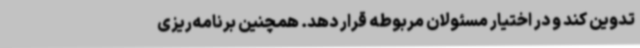
تدوین کند و در اختیار مسئولان مربوطه قرار دهد. همچنین برنامه‌ریزی